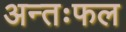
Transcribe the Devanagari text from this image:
अन्तःफल